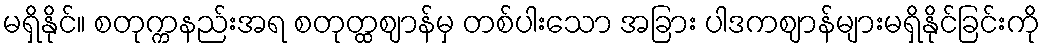
မရှိနိုင်။ စတုက္ကနည်းအရ စတုတ္ထဈာန်မှ တစ်ပါးသော အခြား ပါဒကဈာန်များမရှိနိုင်ခြင်းကို